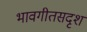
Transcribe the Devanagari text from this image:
भावगीतसदृश